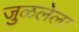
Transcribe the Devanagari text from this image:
जुळलेला